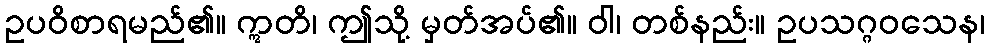
ဥပဝိစာရမည်၏။ ဣတိ၊ ဤသို့ မှတ်အပ်၏။ ဝါ၊ တစ်နည်း။ ဥပသဂ္ဂဝသေန၊